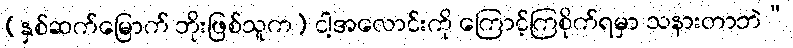
(နှစ်ဆက်မြောက် ဘိုးဖြစ်သူက) ငါ့အလောင်းကို ကြောင့်ကြစိုက်ရမှာ သနားတာဘဲ”